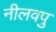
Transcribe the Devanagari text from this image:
नीलवपु